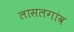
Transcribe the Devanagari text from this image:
लासलगांव